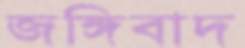
জঙ্গিবাদ